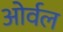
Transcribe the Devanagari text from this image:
ओर्वल